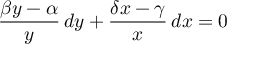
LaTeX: { \frac { \beta y - \alpha } { y } } \, d y + { \frac { \delta x - \gamma } { x } } \, d x = 0